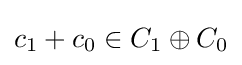
c_{1}+c_{0}\in C_{1}\oplus C_{0}